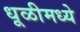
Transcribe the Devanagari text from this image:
धूळीमध्ये